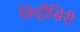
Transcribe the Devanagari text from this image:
किट्टीसिरी